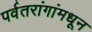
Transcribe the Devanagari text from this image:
पर्वतरांगांमधून